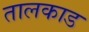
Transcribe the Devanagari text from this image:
तालकाड